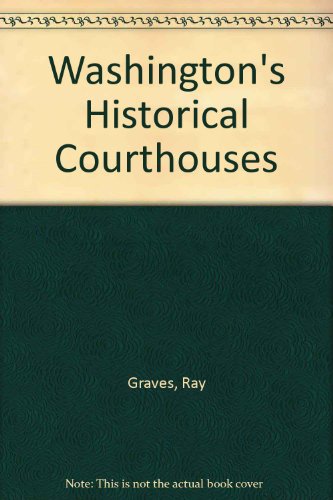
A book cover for Washington's Historical Courthouses; Ray Graves; Law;